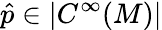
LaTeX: \hat{p}\in|C^{\infty}(M)|